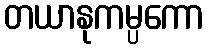
တယာနုကမ္ပကော